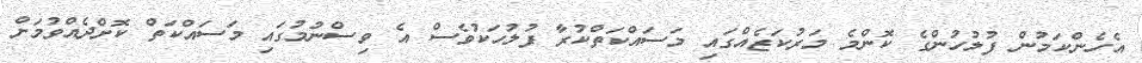
އެހެންކަމުން ފުލުހުންގެ ކޮންމެ މަރުކަޒެއްގައި މަސައްކަތްކުރާ ފުލުހަކުވެސް އެ ވިސްނުމުގައި މަސައްކަތް ކޮށްދެއްވުމަށް